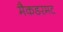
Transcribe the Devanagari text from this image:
मैकडरमट